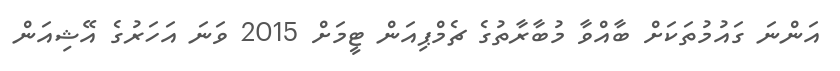
އަންނަ ގައުމުތަކަށް ބާއްވާ މުބާރާތުގެ ޗެމްޕިއަން ޓީމަށް 2015 ވަނަ އަހަރުގެ އޭޝިއަން